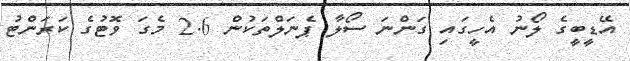
އޭޑީބީގެ ލޯނު އެހީގައި ގަންނަ ސޯލާ ޕެނަލްތަކުން 2.6 މެގަ ވޮޓުގެ ކަރަންޓު